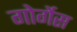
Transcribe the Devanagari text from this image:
गोर्गेस